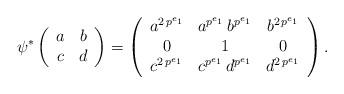
LaTeX: \begin{align*} \psi^*\left(\begin{array}{c c} a & b \\ c & d \end{array}\right) = \left(\begin{array}{c c c} a^{2 \, p^{e_1}} & a^{p^{e_1}} \, b^{p^{e_1}} & b^{2 \, p^{e_1}}\\ 0 & 1 & 0 \\ c^{ 2 \, p^{e_1}} & c^{p^{e_1}} \, d^{p^{e_1}} & d^{ 2 \, p^{e_1}} \end{array} \right) . \end{align*}